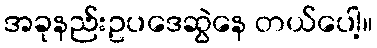
အခုနည်းဥပဒေဆွဲနေ တယ်ပေါ့။